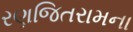
રણજિતરામના